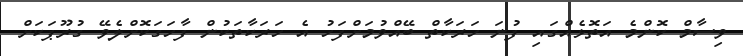
ވިސާމް ކޮންމެ އަތޮޅެއްގައި ފުނަ ހަރަކާތް ބޭއްވުމަށްފަހު އެ ހަރަކާތަކުން ފާހަގަކޮށްލެވޭ ގުރޫޕަކަށް